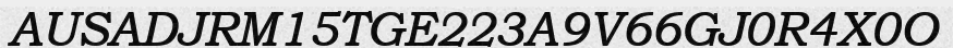
AUSADJRM15TGE223A9V66GJ0R4X0O